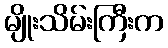
မျိုးသိမ်းကြီးက